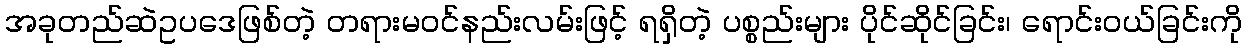
အခုတည်ဆဲဥပဒေဖြစ်တဲ့ တရားမဝင်နည်းလမ်းဖြင့် ရရှိတဲ့ ပစ္စည်းများ ပိုင်ဆိုင်ခြင်း၊ ရောင်းဝယ်ခြင်းကို